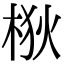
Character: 梑